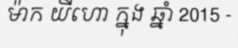
ម៉ាក យីហោ ក្នុង ឆ្នាំ 2015 -